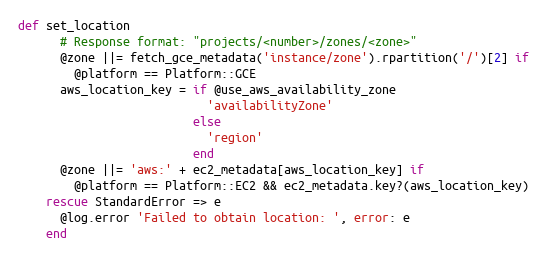
Language: Ruby
def set_location
      # Response format: "projects/<number>/zones/<zone>"
      @zone ||= fetch_gce_metadata('instance/zone').rpartition('/')[2] if
        @platform == Platform::GCE
      aws_location_key = if @use_aws_availability_zone
                           'availabilityZone'
                         else
                           'region'
                         end
      @zone ||= 'aws:' + ec2_metadata[aws_location_key] if
        @platform == Platform::EC2 && ec2_metadata.key?(aws_location_key)
    rescue StandardError => e
      @log.error 'Failed to obtain location: ', error: e
    end